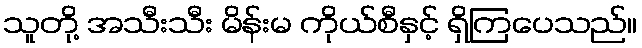
သူတို့ အသီးသီး မိန်းမ ကိုယ်စီနှင့် ရှိကြပေသည်။